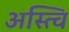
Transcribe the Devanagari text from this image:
अस्त्वि